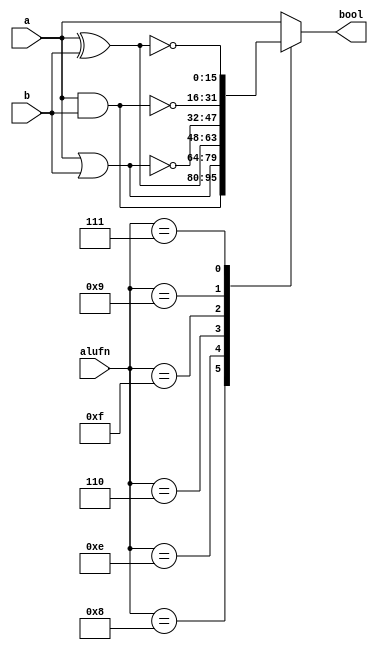
module boolean_8 (
    input [3:0] alufn,
    input [15:0] a,
    input [15:0] b,
    output reg [15:0] bool
  );
  
  
  
  always @* begin
    
    case (alufn[0+3-:4])
      4'h8: begin
        bool = a & b;
      end
      4'he: begin
        bool = a | b;
      end
      4'h6: begin
        bool = a ^ b;
      end
      4'ha: begin
        bool = a;
      end
      4'hf: begin
        bool = ~(a | b);
      end
      4'h9: begin
        bool = ~(a & b);
      end
      4'h7: begin
        bool = ~(a ^ b);
      end
      default: begin
        bool = a;
      end
    endcase
  end
endmodule